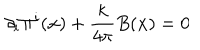
LaTeX: \partial _ { i } \Pi ^ { i } ( { \bf x } ) + \frac { k } { 4 \pi } B ( { \bf x } ) = 0